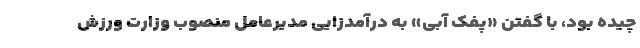
چیده بود، با گفتن «پفک آبی» به درآمدزایی مدیرعامل منصوب وزارت ورزش